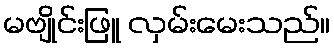
မဗျိုင်းဖြူ လှမ်းမေးသည်။